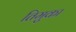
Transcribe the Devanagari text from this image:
तिमुका